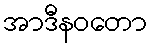
အာဒီနဝတော